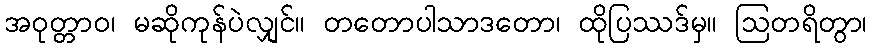
အဝုတ္တာဝ၊ မဆိုကုန်ပဲလျှင်။ တတောပါသာဒတော၊ ထိုပြဿဒ်မှ။ ဩတရိတွာ၊